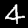
Label: 4